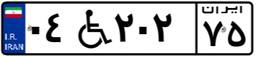
۰۴W۲۰۲۷۵